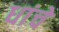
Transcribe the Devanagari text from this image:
धांचे